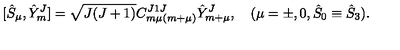
[ { \hat { S } } _ { \mu } , { \hat { Y } } _ { m } ^ { J } ] = \sqrt { J ( J + 1 ) } C _ { m \mu ( m + \mu ) } ^ { J 1 J } { \hat { Y } } _ { m + \mu } ^ { J } , \quad ( \mu = \pm , 0 , { \hat { S } } _ { 0 } \equiv { \hat { S } } _ { 3 } ) .